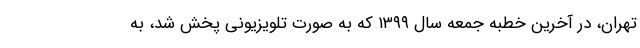
تهران، در آخرین خطبه جمعه سال ۱۳۹۹ که به صورت تلویزیونی پخش شد، به